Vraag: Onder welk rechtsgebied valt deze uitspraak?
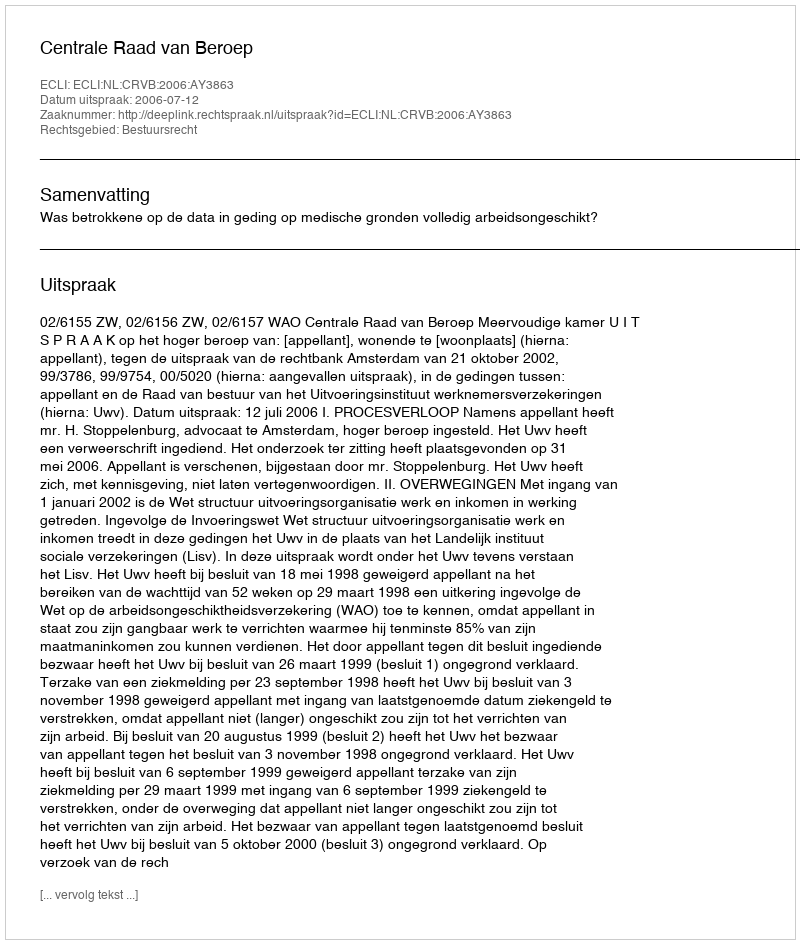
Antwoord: Bestuursrecht